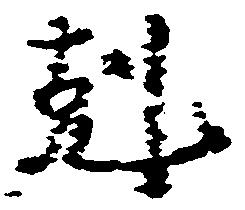
剋